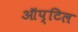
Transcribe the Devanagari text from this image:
ऑप्टिल